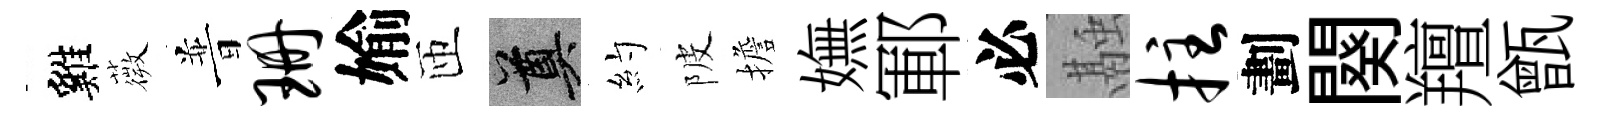
雞薇普珊媮匝奠約陂擔嫵鄆必融拄劃闋羶甑